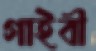
গাইবী